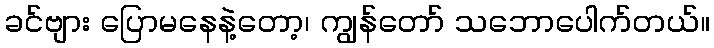
ခင်ဗျား ပြောမနေနဲ့တော့၊ ကျွန်တော် သဘောပေါက်တယ်။